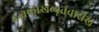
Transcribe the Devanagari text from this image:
इन्तकाखब्बूतवारीख